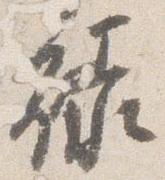
禄